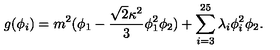
g ( \phi _ { i } ) = m ^ { 2 } ( \phi _ { 1 } - \frac { { \sqrt { 2 } } \kappa ^ { 2 } } { 3 } \phi _ { 1 } ^ { 2 } \phi _ { 2 } ) + \sum _ { i = 3 } ^ { 2 5 } \lambda _ { i } \phi _ { i } ^ { 2 } \phi _ { 2 } .